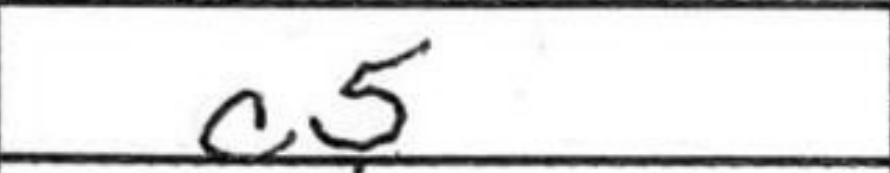
Transcription: c5